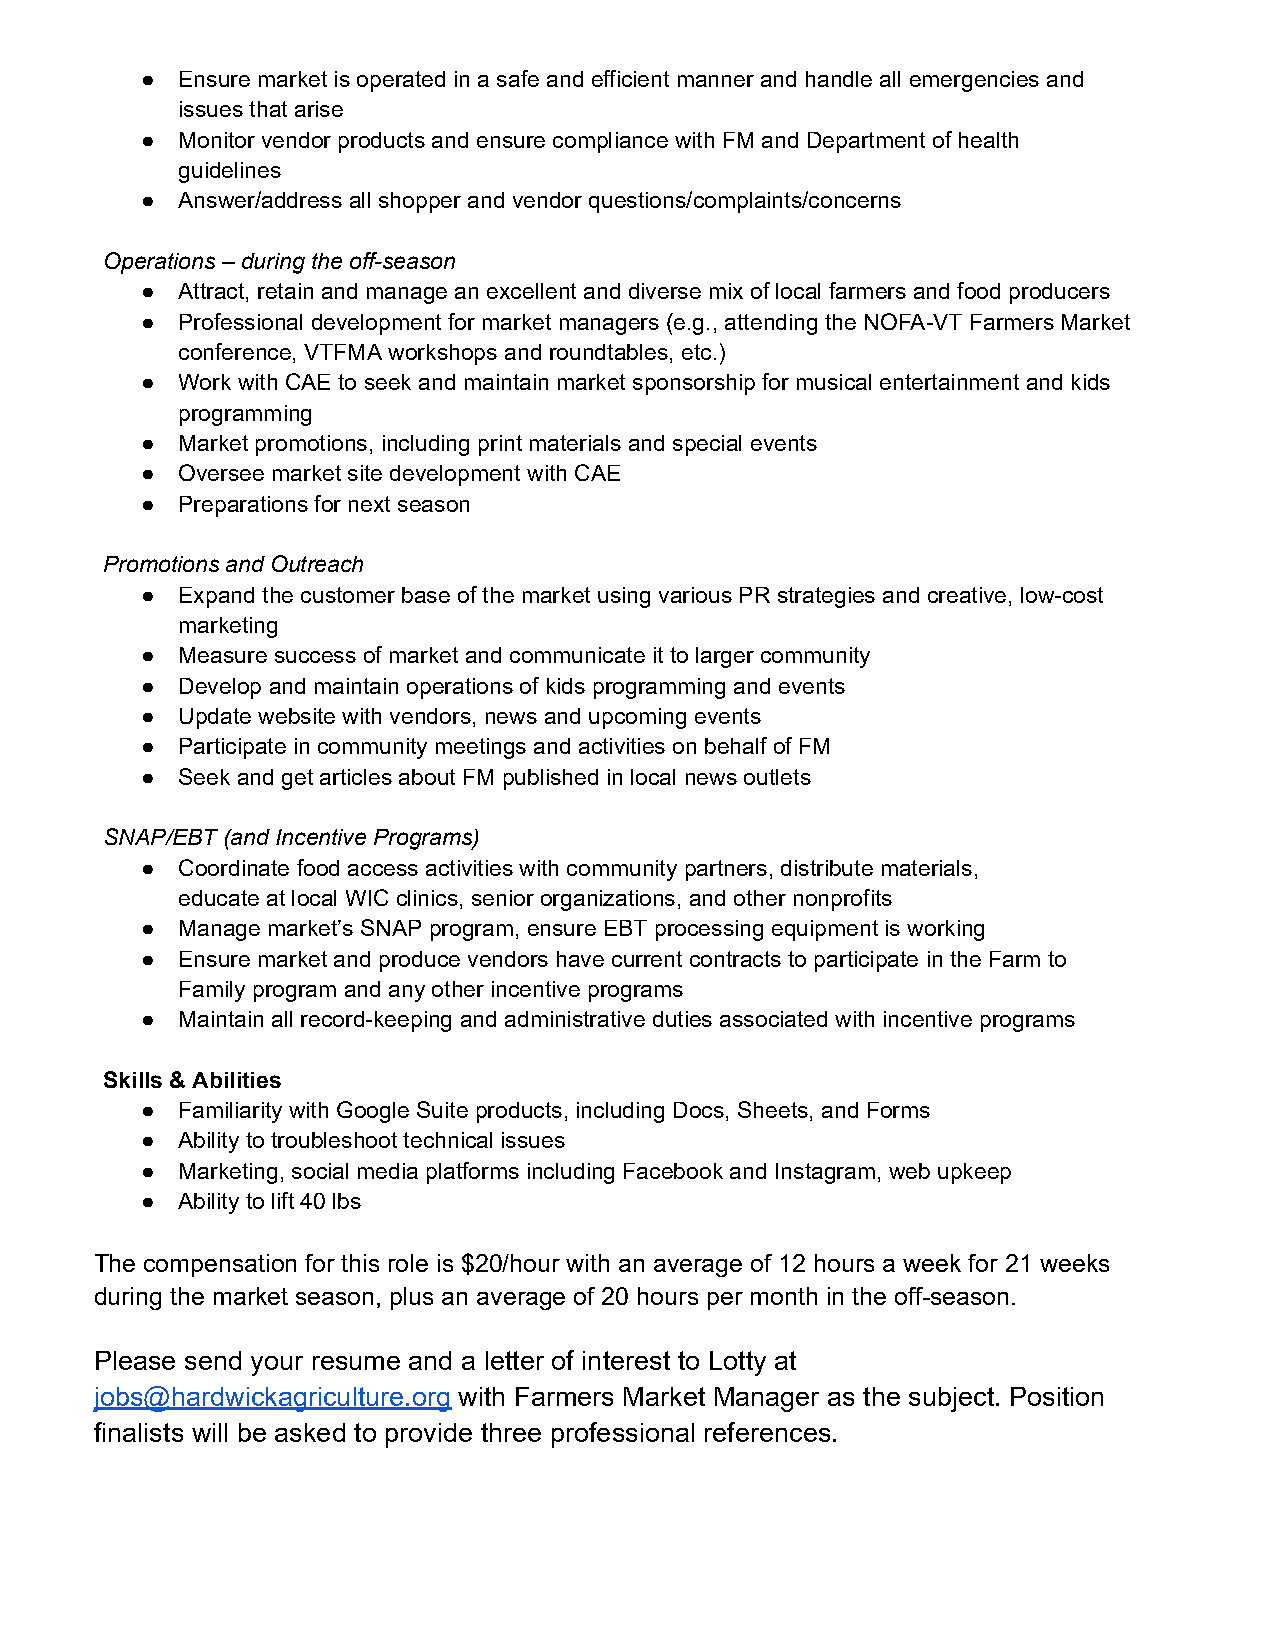
●  Ensure market is operated in a safe and efficient manner and handle all emergencies and
 issues that arise
 ●  Monitor vendor products and ensure compliance with FM and Department of health
 guidelines
 ●  Answer/address all shopper and vendor questions/complaints/concerns
 Operations – during the off-season
 ●  Attract, retain and manage an excellent and diverse mix of local farmers and food producers
 ●  Professional development for market managers (e.g., attending the NOFA-VT Farmers Market
 conference, VTFMA workshops and roundtables, etc.)
 ●  Work with CAE to seek and maintain market sponsorship for musical entertainment and kids
 programming
 ●  Market promotions, including print materials and special events
 ●  Oversee market site development with CAE
 ●  Preparations for next season
 Promotions and Outreach
 ●  Expand the customer base of the market using various PR strategies and creative, low-cost
 marketing
 ●  Measure success of market and communicate it to larger community
 ●  Develop and maintain operations of kids programming and events
 ●  Update website with vendors, news and upcoming events
 ●  Participate in community meetings and activities on behalf of FM
 ●  Seek and get articles about FM published in local news outlets
 SNAP/EBT (and Incentive Programs)
 ●  Coordinate food access activities with community partners, distribute materials,
 educate at local WIC clinics, senior organizations, and other nonprofits
 ●  Manage market’s SNAP program, ensure EBT processing equipment is working
 ●  Ensure market and produce vendors have current contracts to participate in the Farm to
 Family program and any other incentive programs
 ●  Maintain all record-keeping and administrative duties associated with incentive programs
 Skills & Abilities
 ●  Familiarity with Google Suite products, including Docs, Sheets, and Forms
 ●  Ability to troubleshoot technical issues
 ●  Marketing, social media platforms including Facebook and Instagram, web upkeep
 ●  Ability to lift 40 lbs
 The compensation for this role is $20/hour with an average of 12 hours a week for 21 weeks
 during the market season, plus an average of 20 hours per month in the off-season.
 Please send your resume and a letter of interest to Lotty at
 jobs@hardwickagriculture.org with Farmers Market Manager as the subject. Position
 finalists will be asked to provide three professional references.